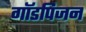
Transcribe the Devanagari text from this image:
गॉडपिजन